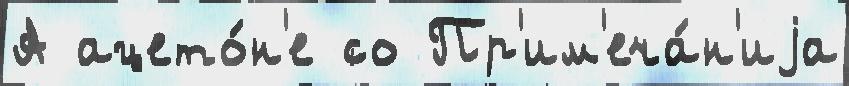
А ацето́н'е со Пр'им'еча́н'иjа